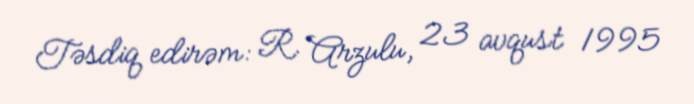
Təsdiq edirəm: R. Arzulu, 23 avqust 1995